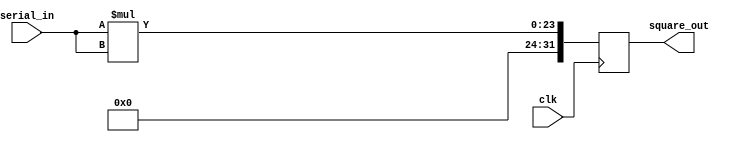
module square(clk,serial_in,square_out);
input clk;
input [11:0] serial_in; 
output reg [31:0] square_out;
always @(posedge clk)
begin
square_out<=serial_in*serial_in;
end
endmodule